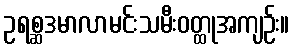
ဥရစ္ဆဒမာလာမင်းသမီးဝတ္ထုအကျဉ်း။